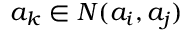
a _ { k } \in N ( a _ { i } , a _ { j } )